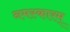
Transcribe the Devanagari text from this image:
नमस्कारम्